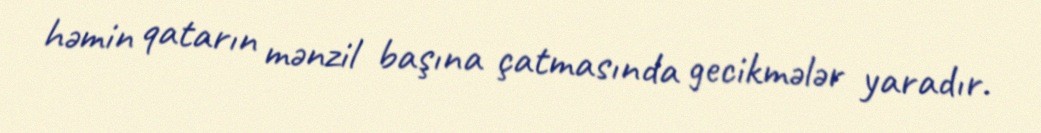
həmin qatarın mənzil başına çatmasında gecikmələr yaradır.